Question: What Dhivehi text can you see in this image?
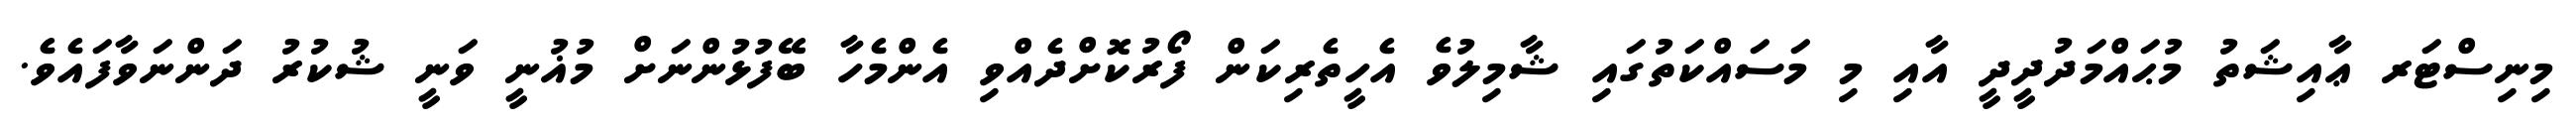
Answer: މިނިސްޓަރ ޢާއިޝަތު މުޙައްމަދުދީދީ އާއި މި މަސައްކަތުގައި ޝާމިލުވެ އެހީތެރިކަން ފޯރުކޮށްދެއްވި އެންމެހާ ބޭފުޅުންނަށް މުޣުނީ ވަނީ ޝުކުރު ދަންނަވާފައެވެ.